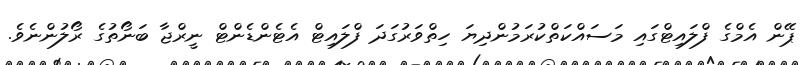
ޕޭން އެމްގެ ފްލައިޓްގައި މަސައްކަތްކުރަމުންދިޔަ ހިތްވަރުގަދަ ފްލައިޓް އެޓެންޑެންޓް ނީރްޖާ ބަނޯތުގެ ރޯލުންނެވެ.